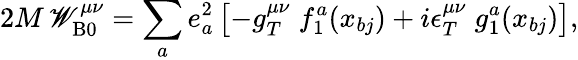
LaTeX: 2M\, \mathscr{W}_{\mathrm{{B}}0}^{\mu\nu}=\sum_{a}e_{a}^{2}\left[-g_{T}^{\mu\nu}\; f_{1}^{a}(x_{bj})+i\epsilon_{T}^{\mu\nu}\; g_{1}^{a}(x_{bj})\right],